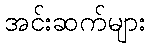
အင်းဆက်များ